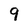
Character: 9